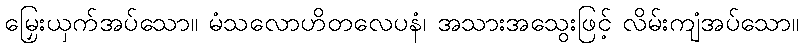
မြှေးယှက်အပ်သော။ မံသလောဟိတလေပနံ၊ အသားအသွေးဖြင့် လိမ်းကျံအပ်သော။